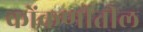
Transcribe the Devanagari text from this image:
कोंकणीतील